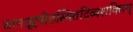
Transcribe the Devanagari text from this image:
वामाङ्कपीठस्थितदिव्यशक्तिम्